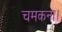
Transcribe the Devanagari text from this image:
चमकना।